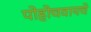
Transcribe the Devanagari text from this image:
पोहोचवायचे